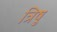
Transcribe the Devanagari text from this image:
त्रिषु